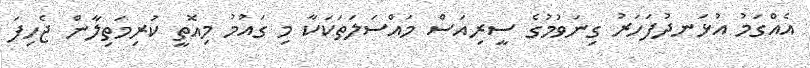
އެއްގަމު އުޅަނދުފަހަރު ގިނަވުމުގެ ސީރިއަސް މައްސަލަތަކަކާ މި ގައުމު މިއޮތީ ކުރިމަތިލާން ޖެހިފަ